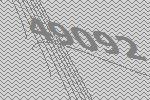
49092